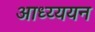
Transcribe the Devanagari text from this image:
आध्य्ययन